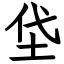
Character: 垈